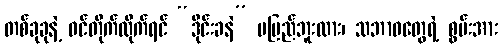
တစ်ခုခုနဲ့ ဝင်တိုက်လိုက်ရင် “ဒိုင်းခနဲ” မမြည်ဘူးလား၊ သဘာဝတွေရဲ့ စွမ်းအား